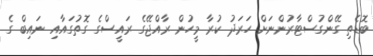
ބޮޑެތި ގޭންގުސްޓާރުންނަށް ހަރަދު ކުރާ މީހުން ރާއްޖޭގެ ރައީސްގެ ގޮތުގައާއި ނައިބް ގެ